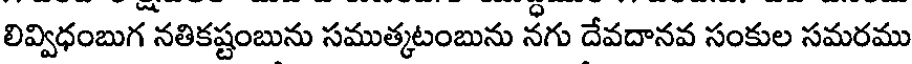
లివ్విధంబుగ నతికష్టంబును సముత్కటంబును నగు దేవదానవ సంకుల సమరము